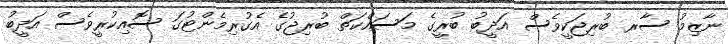
ނާޒިމު ސާރ ބުރިޖަކީވެސް އަދީބު ބުރީގެ މަސައްކަތް ބުރިޖުގެ އެގުރިމެންޓުގަ ސޮއިކުރީވެސް އަދީބު